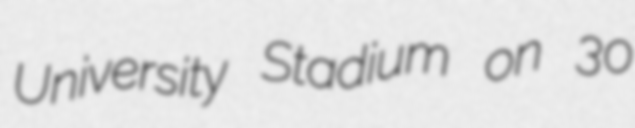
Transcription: University Stadium on 30